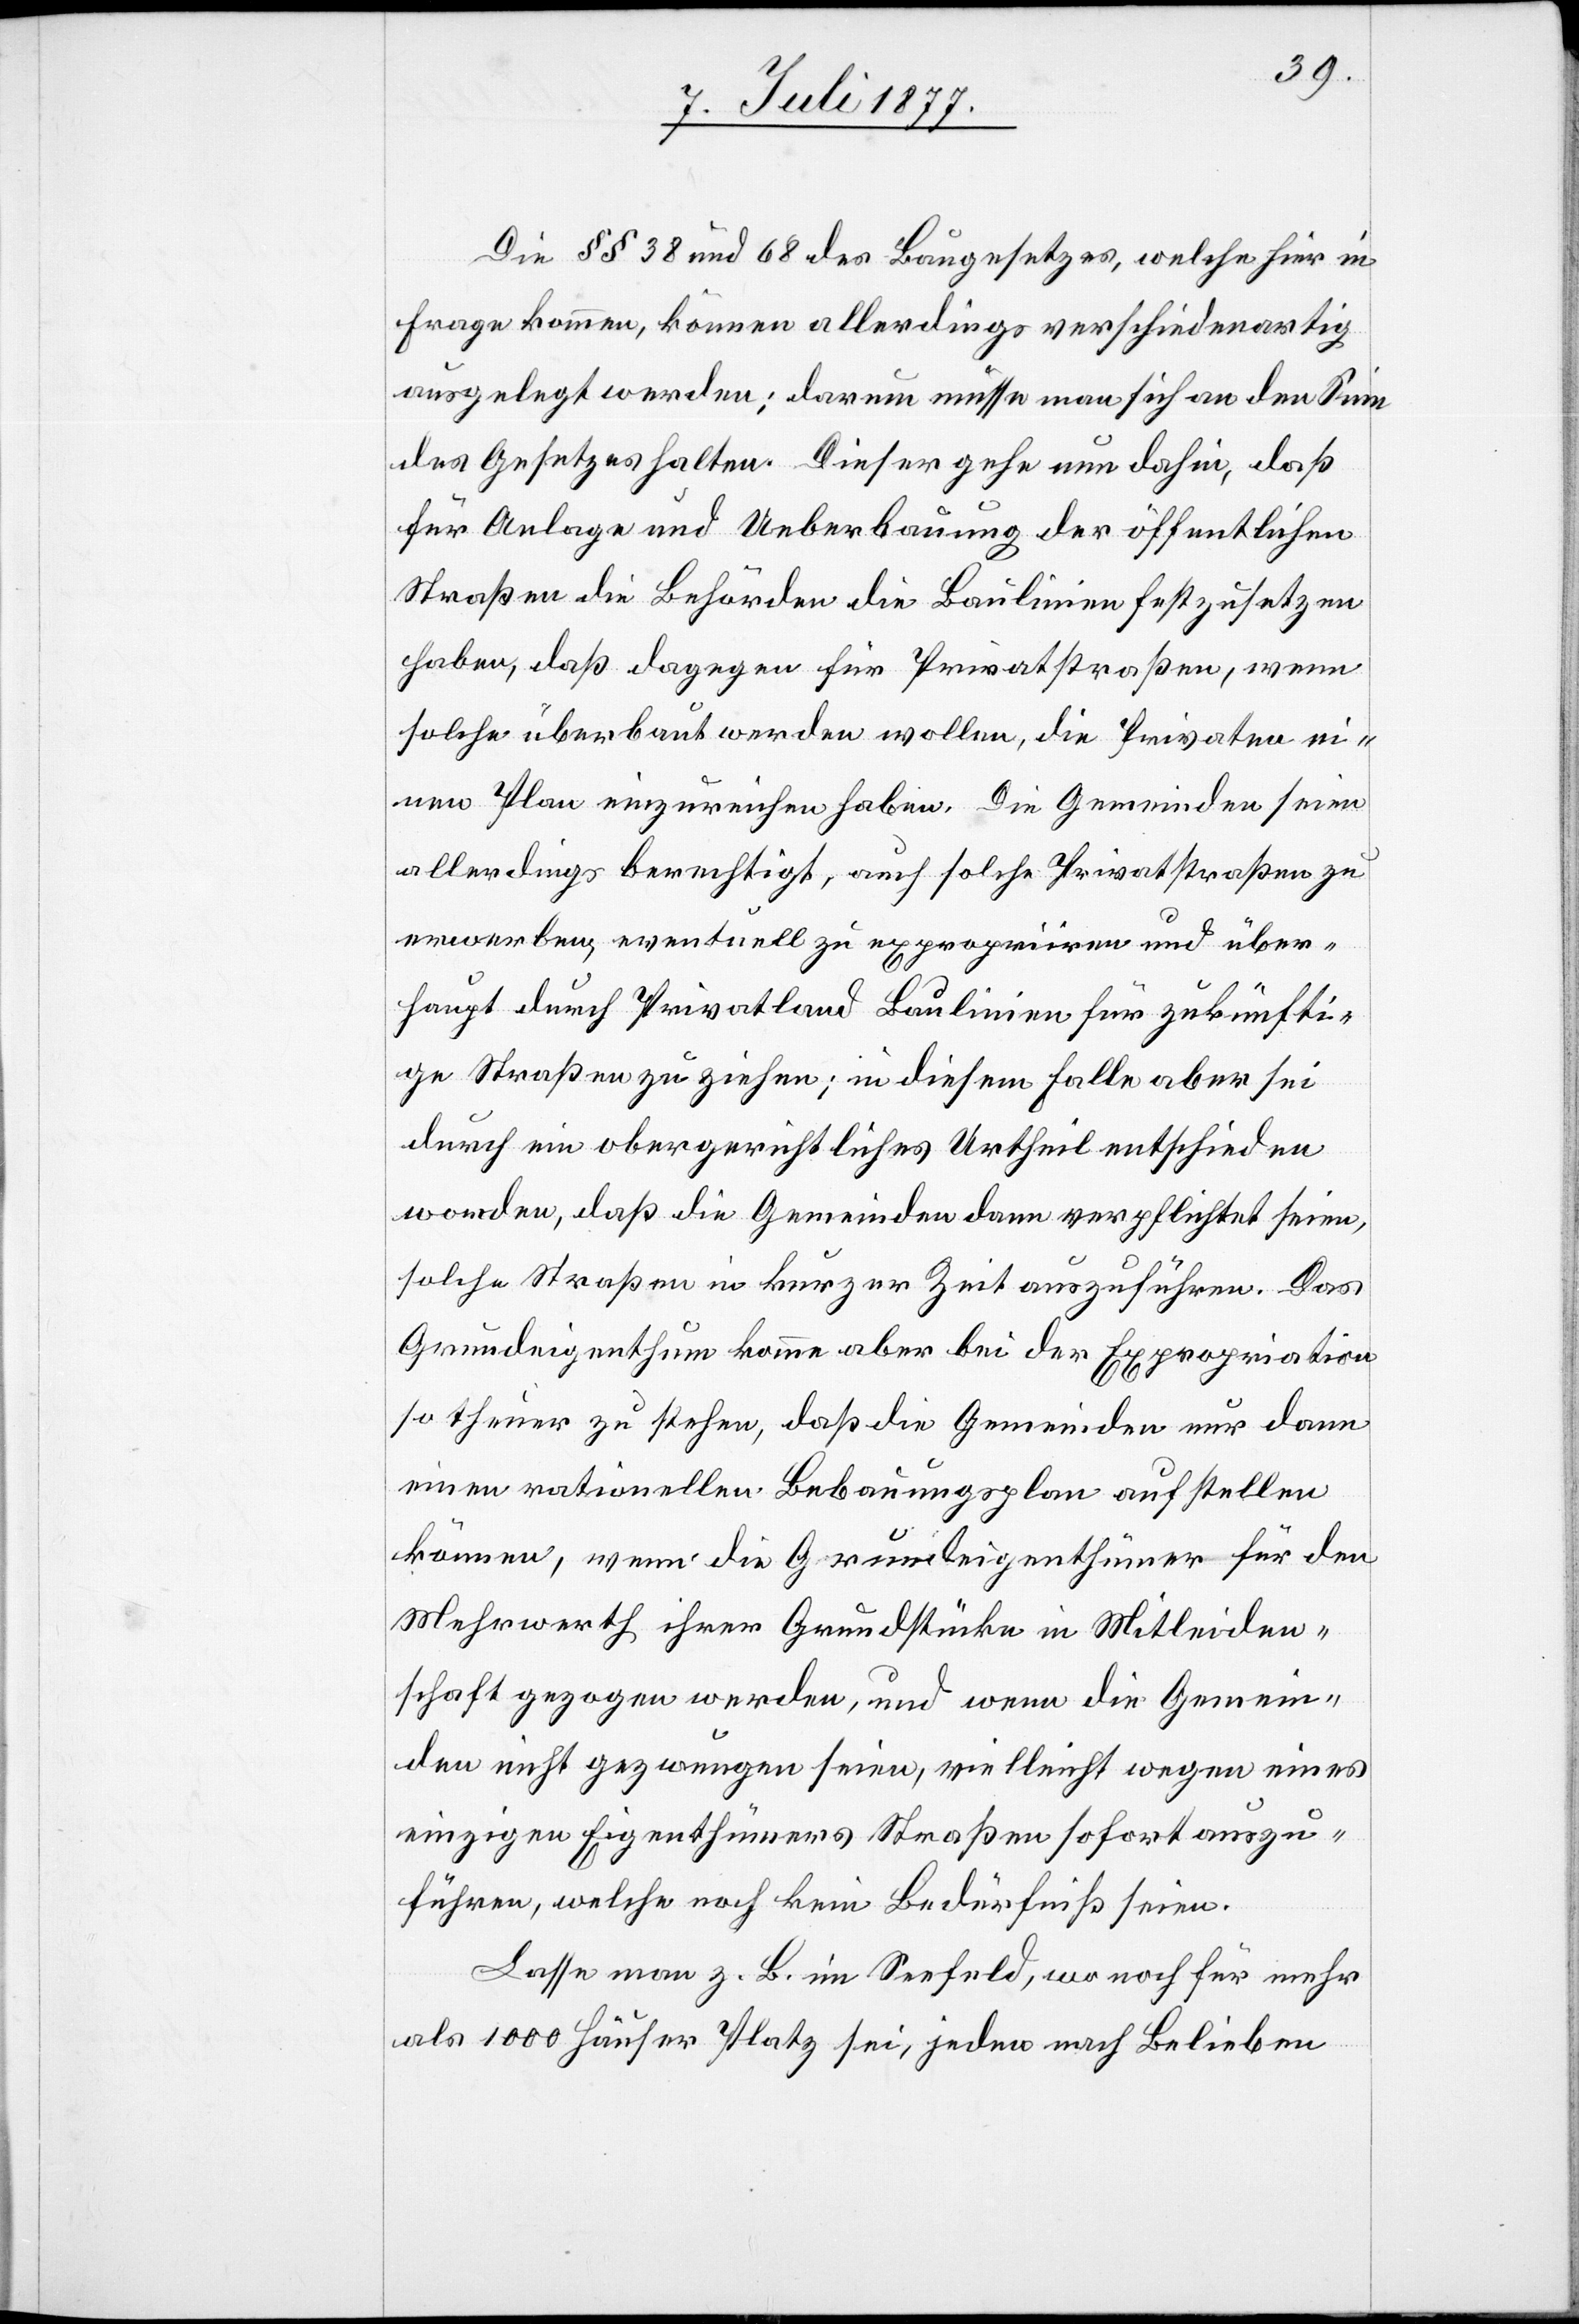
Die §§ 38 und 68 des Baugesetzes, welche hier in
Frage kommen, können allerdings verschiedenartig
ausgelegt werden; darum müsse man sich an den Sinn
des Gesetzes halten. Dieser gehe nun dahin, daß
für Anlage und Ueberbauung der öffentlichen
Straßen die Behörden die Baulinien festzusetzen
haben, daß dagegen für Privatstraßen, wenn
solche überbaut werden wollen, die Privaten ei¬
nen Plan einzureichen haben. Die Gemeinden seien
allerdings berechtigt, auch solche Privatstraßen zu
erwerben, eventuell zu expropriiren und über¬
haupt durch Privatland Baulinien für zukünfti¬
ge Straßen zu ziehen; in diesem Falle aber sei
durch ein obergerichtliches Urtheil entschieden
worden, daß die Gemeinden dann verpflichtet seien,
solche Straßen in kurzer Zeit auszuführen. Das
Grundeigenthum komme aber bei der Expropriation
so theuer zu stehen, daß die Gemeinden nur dann
einen rationellen Bebauungsplan aufstellen
können, wenn die Grundeigenthümer für den
Mehrwerth ihrer Grundstücke in Mitleiden¬
schaft gezogen werden, und wenn die Gemein¬
den nicht gezwungen seien, vielleicht wegen eines
einzigen Eigenthümers Straßen sofort auszu¬
führen, welche noch kein Bedürfniß seien.
Lasse man z. B. im Seefeld, wo noch für mehr
als 1000 Häuser Platz sei, jeden nach Belieben